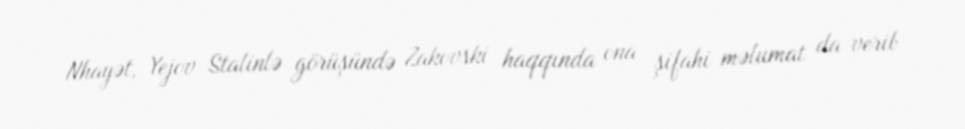
Nhayət, Yejov Stalinlə görüşündə Zakovski haqqında ona şifahi məlumat da verib